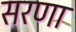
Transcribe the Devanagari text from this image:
सरणा